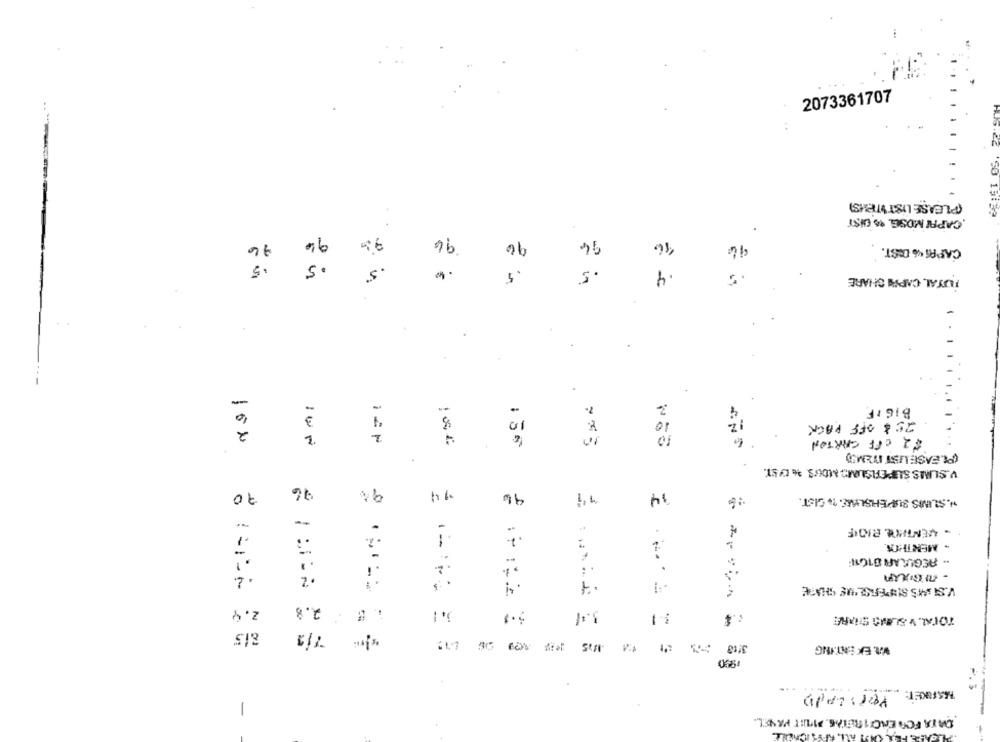
2073361707
(PLEASE LISTITEMS)
.CAPRI MOSG. %% DIST
94
76
96
96
94
16
CAPRI 46 DIST.
.5
.5
.5
5
5
4
3
TUTAL, CAPPE SHARE
.
-
-
2
BIGIF
6
10
10
2
25 & OFF PACK
10
$2 OFF CARTON
.
(PLEASELIST ITEMS)
V.SLIMS SUPERSUMS MOUS. & LAST.
76
9%
70
14
96
14
H.SUMIS SUPPEHSLAS. ? GIST
-
..
:
- MENTHON
.
.. REGULAR 81011
. 2.
. 2
V.SUAS SIMPERISL'UE SHARE
2.8
2.9
5. 1
1.
TOTAL. V.SLAMS SHARE
815
7/1
V. EX ENT.ING
Per: LAdo
-
DATA FOR ENCUIRLIAS PIRIT PAVEL